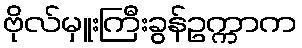
ဗိုလ်မှူးကြီးခွန်ဥက္ကာက